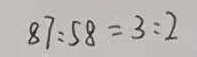
8 7 : 5 8 = 3 : 2